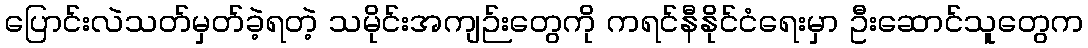
ပြောင်းလဲသတ်မှတ်ခဲ့ရတဲ့ သမိုင်းအကျဉ်းတွေကို ကရင်နီနိုင်ငံရေးမှာ ဦးဆောင်သူတွေက